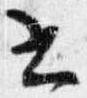
書